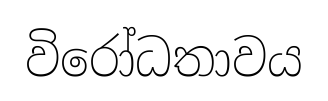
විරෝධතාවය